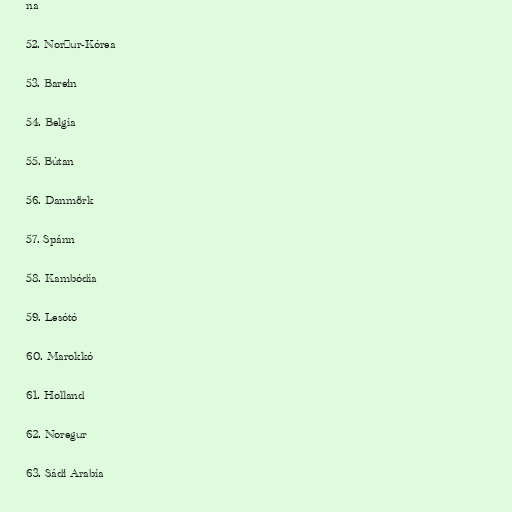
na

52. Norður-Kórea

53. Barein

54. Belgía

55. Bútan

56. Danmörk

57. Spánn

58. Kambódía

59. Lesótó

60. Marokkó

61. Holland

62. Noregur

63. Sádi Arabía